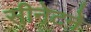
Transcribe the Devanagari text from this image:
सीनेटने